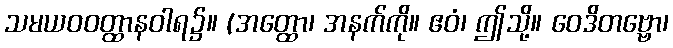
သမယဝဝတ္ထာနဝါရ၌။ (အတ္ထော၊ အနက်ကို။ ဧဝံ၊ ဤသို့။ ဝေဒိတဗ္ဗော၊